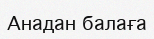
Анадан балаға